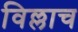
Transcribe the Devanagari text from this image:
विल्लाच